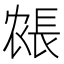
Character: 𰿍